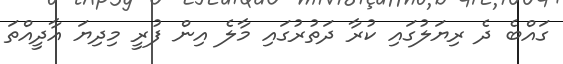
ގައްބެ ދެ ރިޔަލުގައި ކުރާ ދަތުރުގައި މާލެ އިން ފުރީ މިދިޔަ އާދީއްތަ